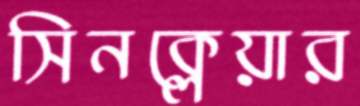
সিনক্লেয়ার